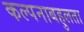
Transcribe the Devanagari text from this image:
कल्पनाबहुलता